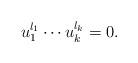
LaTeX: \begin{align*} u_1^{l_1}\cdots u_k^{l_k}=0. \end{align*}